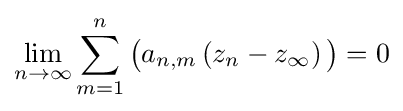
\lim _{n\to \infty }\sum _{m=1}^{n}{\big (}a_{n,m}\left(z_{n}-z_{\infty }\right){\big )}=0